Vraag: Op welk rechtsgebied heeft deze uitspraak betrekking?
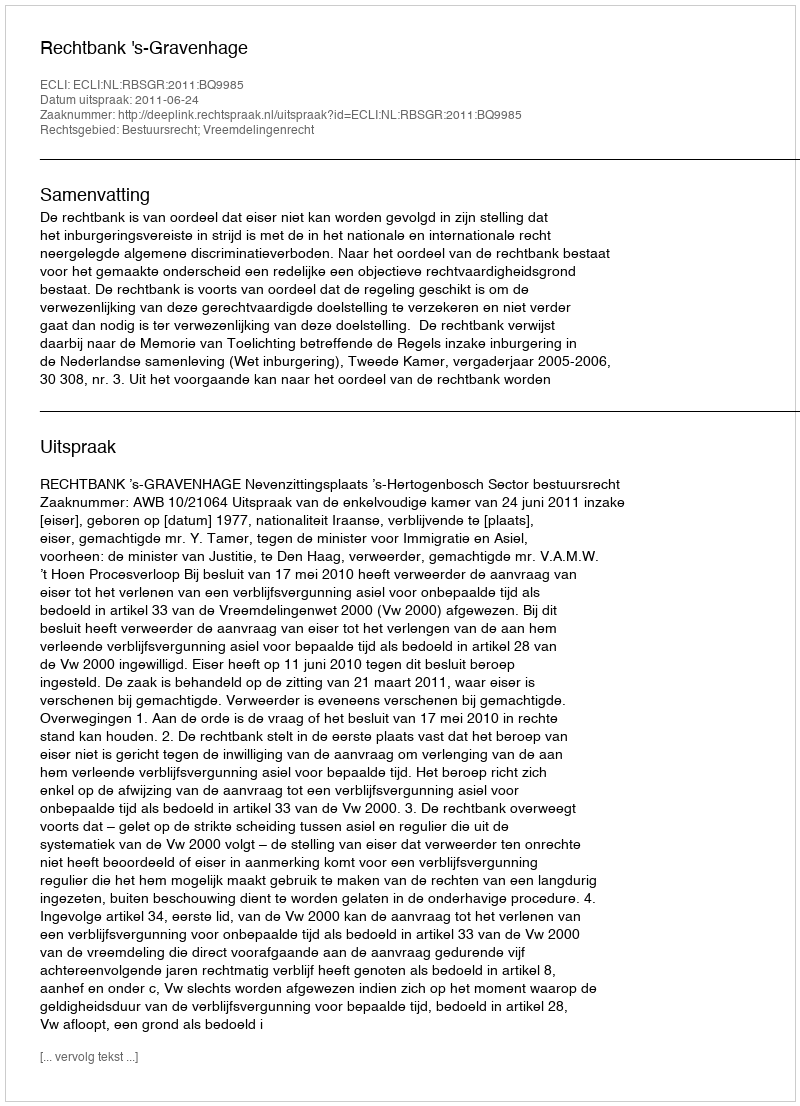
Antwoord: Bestuursrecht; Vreemdelingenrecht